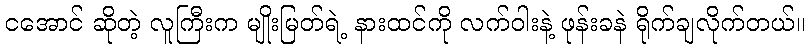
ငအောင် ဆိုတဲ့ လူကြီးက မျိုးမြတ်ရဲ့ နားထင်ကို လက်ဝါးနဲ့ ဖုန်းခနဲ ရိုက်ချလိုက်တယ်။